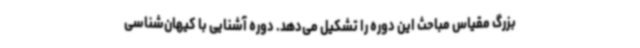
بزرگ مقیاس مباحث این دوره را تشکیل می‌دهد. دوره آشنایی با کیهان‌شناسی